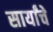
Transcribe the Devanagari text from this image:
सार्यांचे